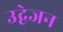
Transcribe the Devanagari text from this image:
उद्वेजन